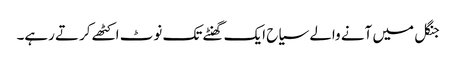
جنگل میں آنے والے سیاح ایک گھنٹے تک نوٹ اکٹھے کرتے رہے۔